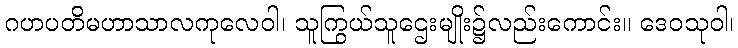
ဂဟပတိမဟာသာလကုလေဝါ၊ သူကြွယ်သူဌေးမျိုး၌လည်းကောင်း။ ဒေဝသုဝါ၊